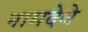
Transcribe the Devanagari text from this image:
नामदेवे